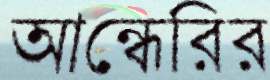
আন্ধেরির